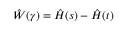
\hat { W } ( \gamma ) = \hat { H } ( s ) - \hat { H } ( t )